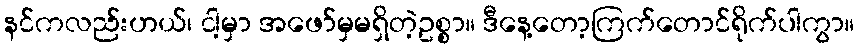
နင်ကလည်းဟယ်၊ ငါ့မှာ အဖော်မှမရှိတဲ့ဥစ္စာ။ ဒီနေ့တော့ကြက်တောင်ရိုက်ပါကွာ။